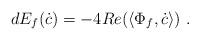
LaTeX: \begin{align*} dE_f(\dot c) = -4 Re(\langle\Phi_f,\dot c\rangle)~. \end{align*}